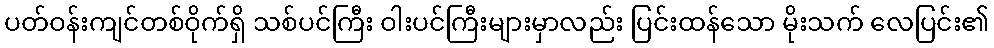
ပတ်ဝန်းကျင်တစ်ဝိုက်ရှိ သစ်ပင်ကြီး ဝါးပင်ကြီးများမှာလည်း ပြင်းထန်သော မိုးသက် လေပြင်း၏